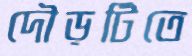
দৌড়টিতে